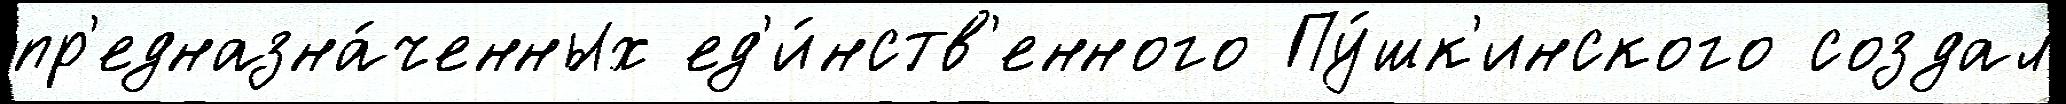
пр'едназна́ченных ед'и́нств'енного Пу́шк'инского создал